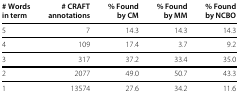
<table><thead><tr><td><b># Words</b></td><td><b># CRAFT</b></td><td><b>% Found</b></td><td><b>% Found</b></td><td><b>% Found</b></td></tr><tr><td><b>in term</b></td><td><b>annotations</b></td><td><b>by CM</b></td><td><b>by MM</b></td><td><b>by NCBO</b></td></tr></thead><tbody><tr><td>5</td><td>7</td><td>14.3</td><td>14.3</td><td>14.3</td></tr><tr><td>4</td><td>109</td><td>17.4</td><td>3.7</td><td>9.2</td></tr><tr><td>3</td><td>317</td><td>37.2</td><td>33.4</td><td>35.0</td></tr><tr><td>2</td><td>2077</td><td>49.0</td><td>50.7</td><td>43.3</td></tr><tr><td>1</td><td>13574</td><td>27.6</td><td>34.2</td><td>11.6</td></tr></tbody></table>